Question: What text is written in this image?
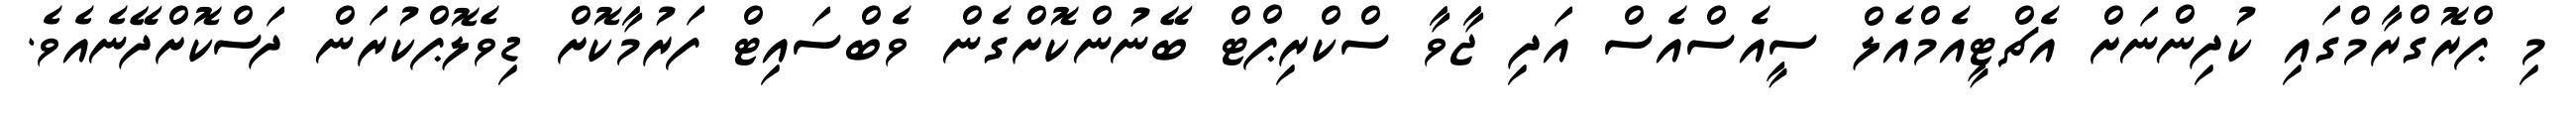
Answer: މި ޕްރޮގްރާމްގައި ކުދިންނަށް އެޗްޓީއެމްއެލް ސީއެސްއެސް އަދި ޖާވާ ސްކްރިޕްޓް ބޭނުންކޮށްގެން ވެބްސައިޓް ފަރުމާކޮށް ޑިވެލޮޕްކުރަން ދަސްކޮށްދޭނެއެވެ.